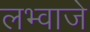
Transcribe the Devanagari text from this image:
लभ्वाजे